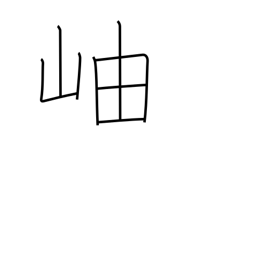
Meaning: gorge